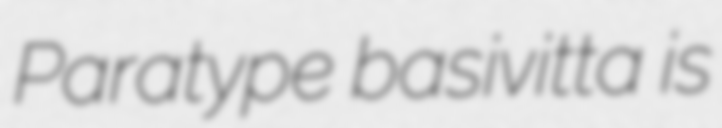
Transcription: Paratype basivitta is